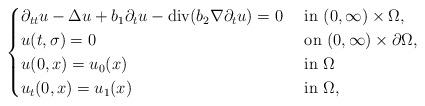
LaTeX: \begin{align*}\begin{cases}\partial_{tt}u - \Delta u + b_{1}\partial_{t}u - {\rm div}(b_{2}\nabla \partial_{t}u)= 0 & \mbox{ in } (0, \infty) \times \Omega, \\u(t,\sigma) = 0 & \mbox{ on } (0, \infty)\times \partial\Omega, \\u(0,x) = u_{0}(x) & \mbox{ in } \Omega \\u_{t}(0,x) = u_{1}(x) & \mbox{ in } \Omega,\end{cases}\end{align*}